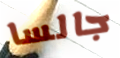
جالسا